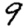
Digit: 9